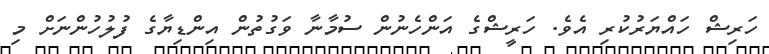
ހަރިޝް ހައްޔަރުކުރި އެވެ. ހަރީޝްގެ އަންހެނުން ސުމާނާ ވަގުތުން އިންޑިޔާގެ ފުލުހުންނަށް މި